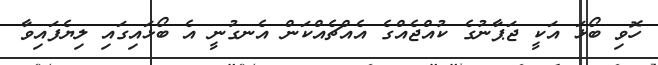
ހޮވި ބޯޅަ އަކީ ޖަޕާނުގެ ކުއްޖެއްގެ އެއްޗެއްކަން އެނގުނީ އެ ބޯޅައިގައި ލިޔެފައިވާ